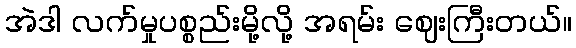
အဲဒါ လက်မှုပစ္စည်းမို့လို့ အရမ်း ဈေးကြီးတယ်။